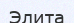
Элита